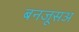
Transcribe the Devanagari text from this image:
बनजूसअ